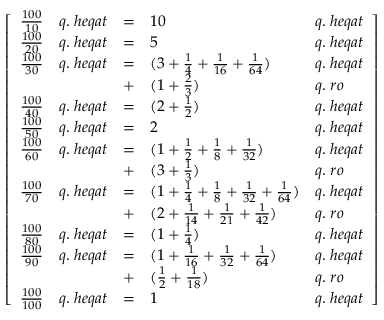
{ \left[ \begin{array} { l l l l l } { { \frac { 1 0 0 } { 1 0 } } } & { q . \; h e q a t } & { = } & { 1 0 } & { q . \; h e q a t } \\ { { \frac { 1 0 0 } { 2 0 } } } & { q . \; h e q a t } & { = } & { 5 } & { q . \; h e q a t } \\ { { \frac { 1 0 0 } { 3 0 } } } & { q . \; h e q a t } & { = } & { ( 3 + { \frac { 1 } { 4 } } + { \frac { 1 } { 1 6 } } + { \frac { 1 } { 6 4 } } ) } & { q . \; h e q a t } \\ & & { + } & { ( 1 + { \frac { 2 } { 3 } } ) } & { q . \; r o } \\ { { \frac { 1 0 0 } { 4 0 } } } & { q . \; h e q a t } & { = } & { ( 2 + { \frac { 1 } { 2 } } ) } & { q . \; h e q a t } \\ { { \frac { 1 0 0 } { 5 0 } } } & { q . \; h e q a t } & { = } & { 2 } & { q . \; h e q a t } \\ { { \frac { 1 0 0 } { 6 0 } } } & { q . \; h e q a t } & { = } & { ( 1 + { \frac { 1 } { 2 } } + { \frac { 1 } { 8 } } + { \frac { 1 } { 3 2 } } ) } & { q . \; h e q a t } \\ & & { + } & { ( 3 + { \frac { 1 } { 3 } } ) } & { q . \; r o } \\ { { \frac { 1 0 0 } { 7 0 } } } & { q . \; h e q a t } & { = } & { ( 1 + { \frac { 1 } { 4 } } + { \frac { 1 } { 8 } } + { \frac { 1 } { 3 2 } } + { \frac { 1 } { 6 4 } } ) } & { q . \; h e q a t } \\ & & { + } & { ( 2 + { \frac { 1 } { 1 4 } } + { \frac { 1 } { 2 1 } } + { \frac { 1 } { 4 2 } } ) } & { q . \; r o } \\ { { \frac { 1 0 0 } { 8 0 } } } & { q . \; h e q a t } & { = } & { ( 1 + { \frac { 1 } { 4 } } ) } & { q . \; h e q a t } \\ { { \frac { 1 0 0 } { 9 0 } } } & { q . \; h e q a t } & { = } & { ( 1 + { \frac { 1 } { 1 6 } } + { \frac { 1 } { 3 2 } } + { \frac { 1 } { 6 4 } } ) } & { q . \; h e q a t } \\ & & { + } & { ( { \frac { 1 } { 2 } } + { \frac { 1 } { 1 8 } } ) } & { q . \; r o } \\ { { \frac { 1 0 0 } { 1 0 0 } } } & { q . \; h e q a t } & { = } & { 1 } & { q . \; h e q a t } \end{array} \right] }